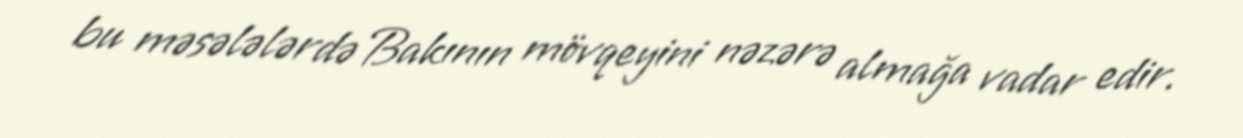
bu məsələlərdə Bakının mövqeyini nəzərə almağa vadar edir.